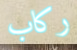
ركاب